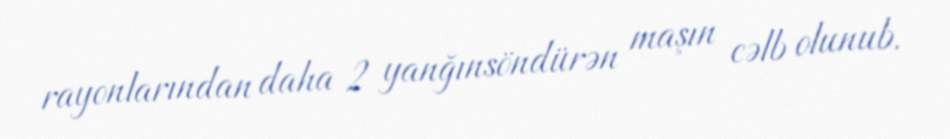
rayonlarından daha 2 yanğınsöndürən maşın cəlb olunub.